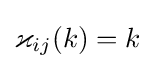
\varkappa _{ij}(k)=k